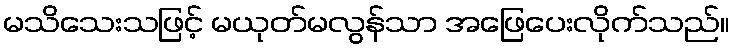
မသိသေးသဖြင့် မယုတ်မလွန်သာ အဖြေပေးလိုက်သည်။